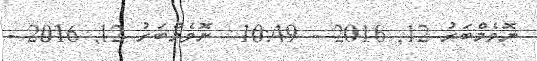
ނޮވެމްބަރު 12